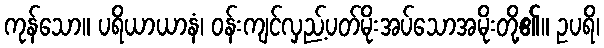
ကုန်သော။ ပရိယာယာနံ၊ ဝန်းကျင်လှည့်ပတ်မိုးအပ်သောအမိုးတို့၏။ ဥပရိ၊